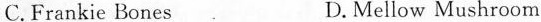
C.Frankie Bones D.Mellow Mushroom